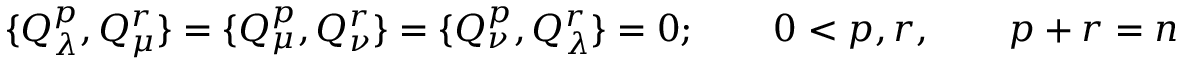
\{ Q _ { \lambda } ^ { p } , Q _ { \mu } ^ { r } \} = \{ Q _ { \mu } ^ { p } , Q _ { \nu } ^ { r } \} = \{ Q _ { \nu } ^ { p } , Q _ { \lambda } ^ { r } \} = 0 ; \qquad 0 < p , r , \qquad p + r = n